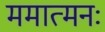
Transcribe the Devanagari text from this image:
ममात्मनः